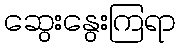
ဆွေးနွေးကြရာ